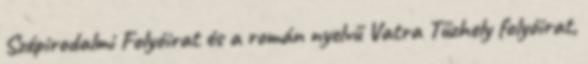
Szépirodalmi Folyóirat és a román nyelvű Vatra Tűzhely folyóirat,